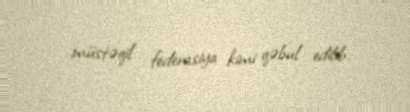
müstəqil federasiya kimi qəbul edilib.